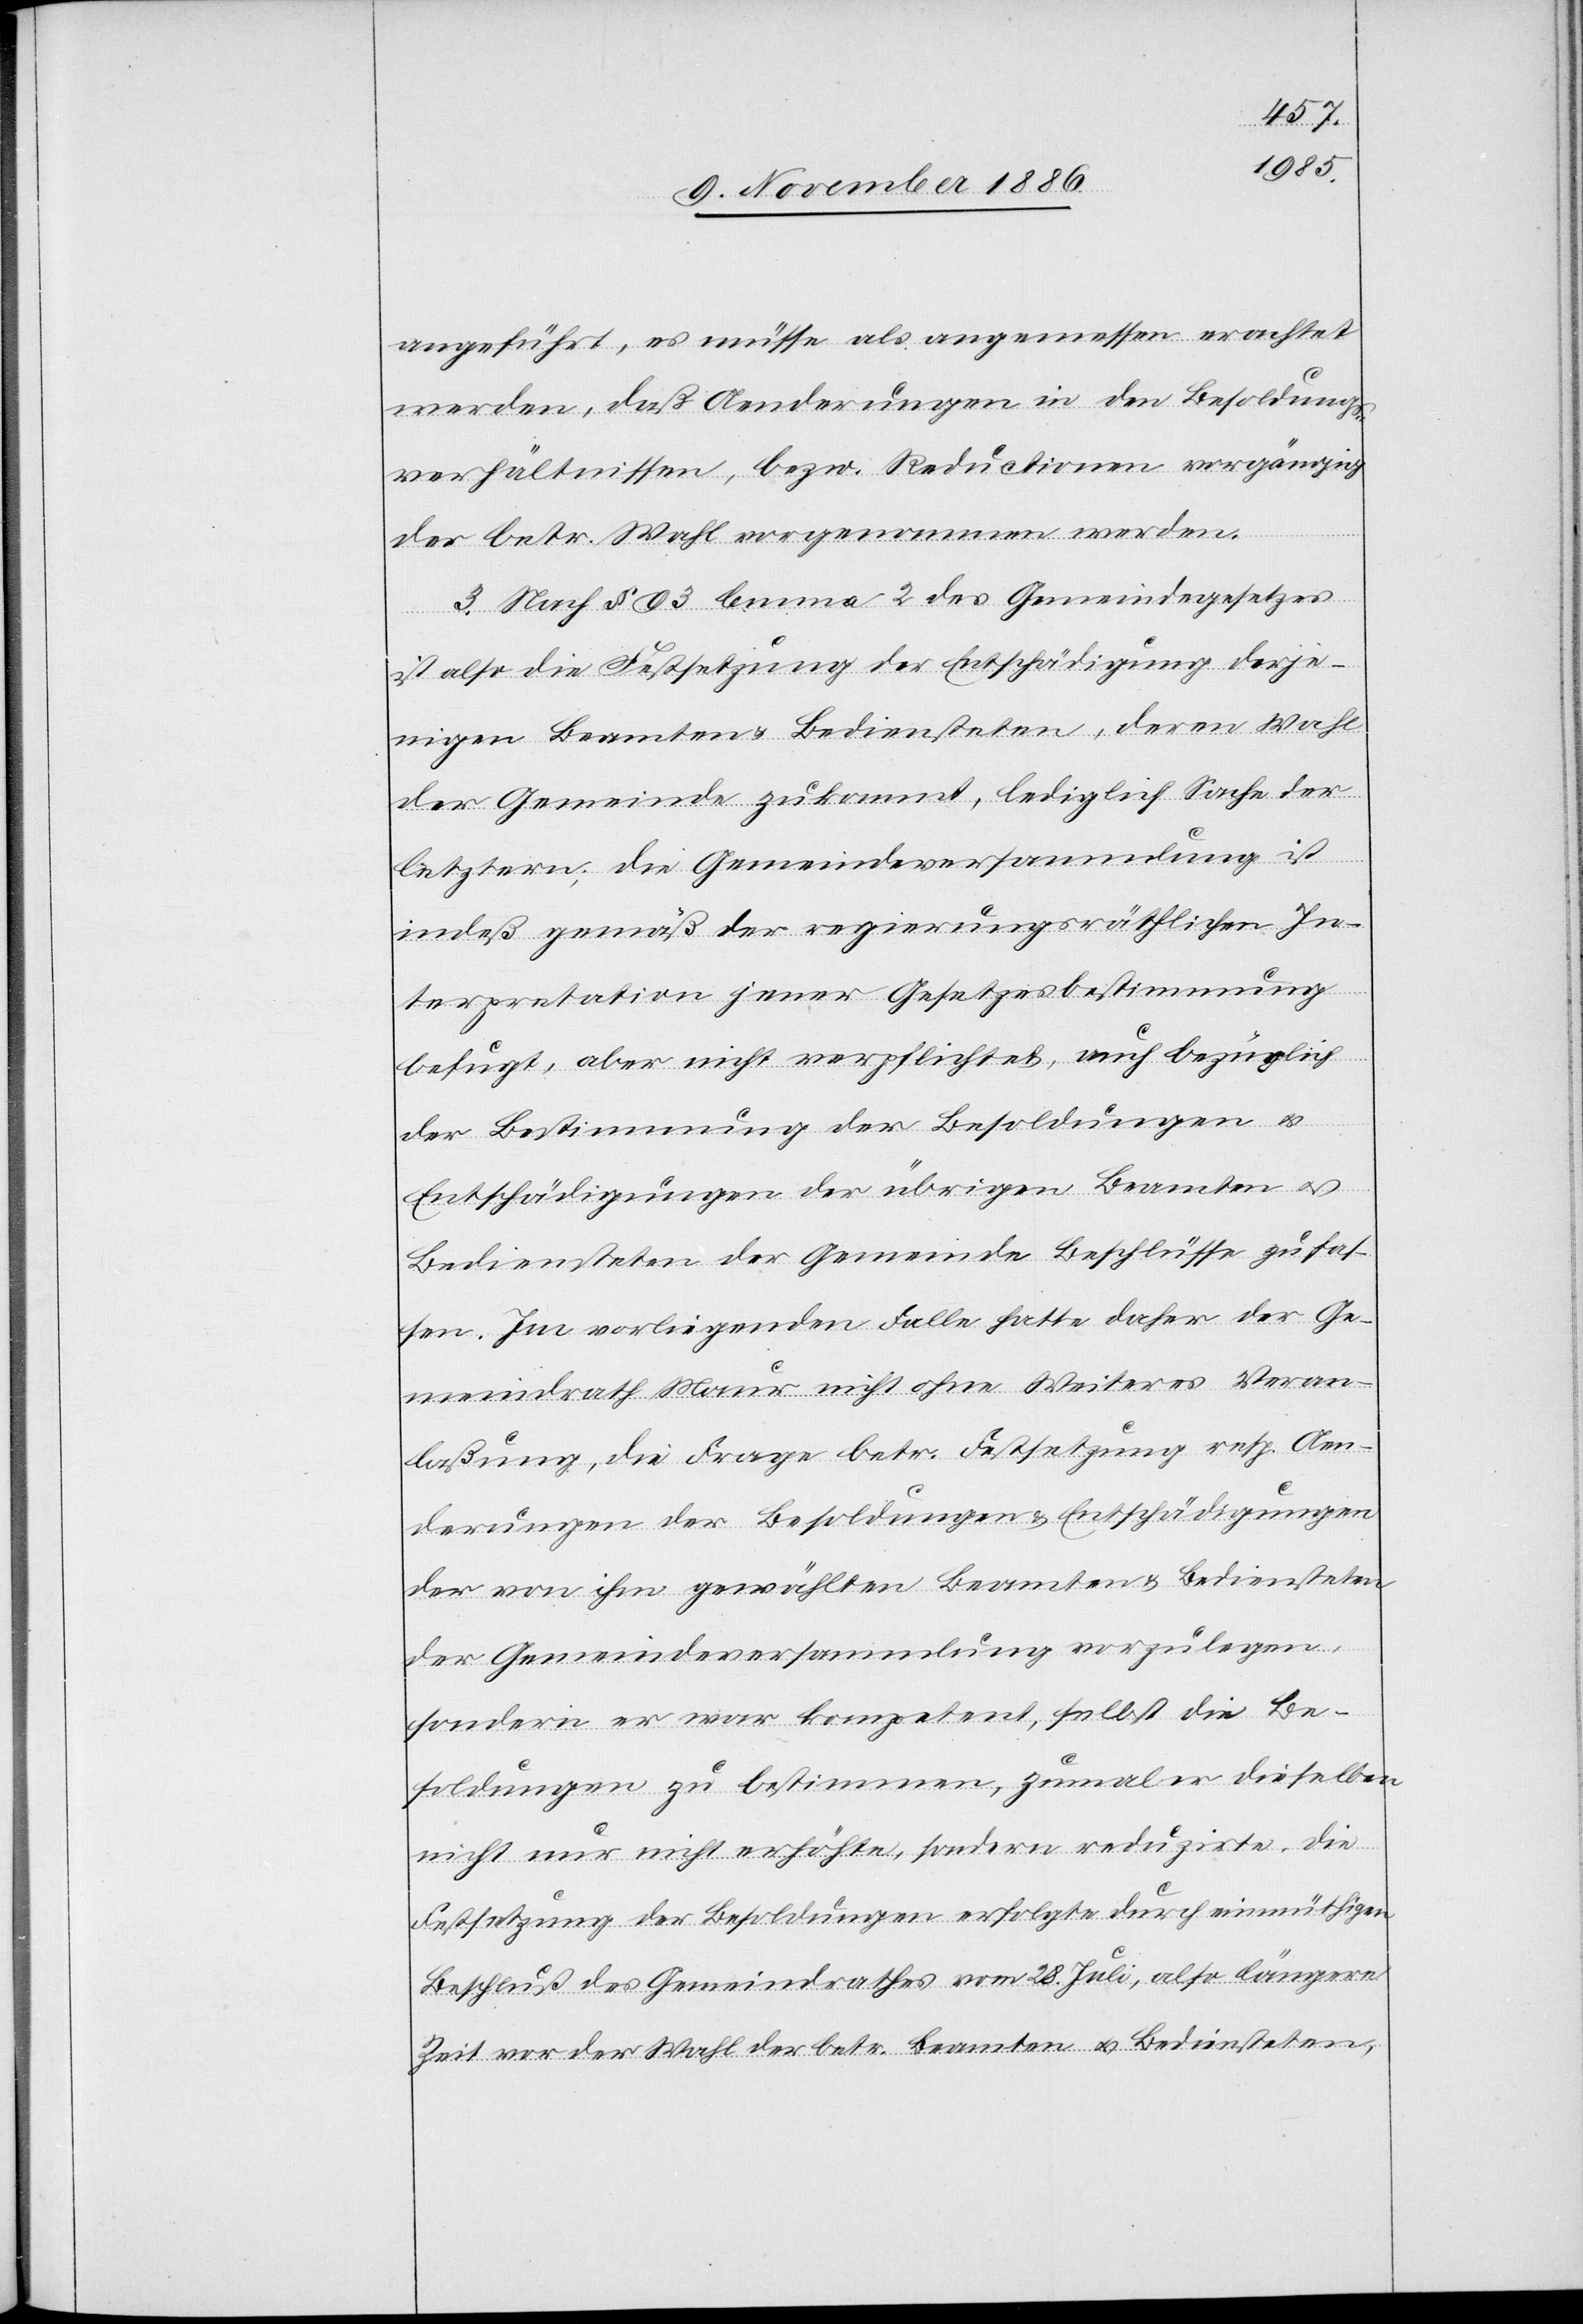
angeführt, es müsse als angemessen erachtet
werden, daß Aenderungen in den Besoldungs¬
verhältnissen, bezw. Reductionen vorgängig
der betr. Wahl vorgenommen werden.
3. Nach § 93 lemma 2 des Gemeindegesetzes
ist also die Festsetzung der Entschädigung derje¬
nigen Beamten & Bediensteten, deren Wahl
der Gemeinde zukommt, lediglich Sache der
letztern; die Gemeindeversammlung ist
indeß gemäß der regierungsräthlichen In¬
terpretation jener Gesetzesbestimmung
befugt, aber nicht verpflichtet, auch bezüglich
der Bestimmung der Besoldungen &
Entschädigungen der übrigen Beamten &
Bediensteten der Gemeinde Beschlüsse zu fas¬
sen. Im vorliegenden Falle hatte daher der Ge¬
meindrath Maur nicht ohne Weiteres Veran¬
laßung, die Frage betr. Festsetzung resp. Aen¬
derungen der Besoldungen & Entschädigungen
der von ihm gewählten Beamten & Bediensteten
der Gemeindeversammlung vorzulegen,
sondern er war kompetent, selbst die Be¬
soldungen zu bestimmen, zumal er dieselben
nicht nur nicht erhöhte, sondern reduzirte. Die
Festsetzung der Besoldungen erfolgte durch einmüthigen
Beschluß des Gemeindrathes vom 28. Juli, also längere
Zeit vor der Wahl der betr. Beamten & Bediensteten,